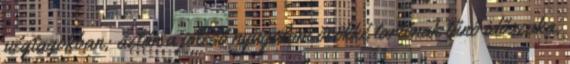
végtagokban; aztán a jóleső nyugalom örökké tartónak tűnő időszaka,